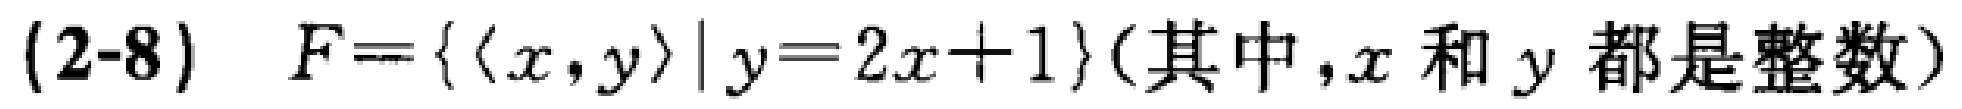
(2-8) \(F = \{ \langle x,y\rangle\mid y = 2x + 1\}\)（其中，\(x\) 和 \(y\) 都是整数）